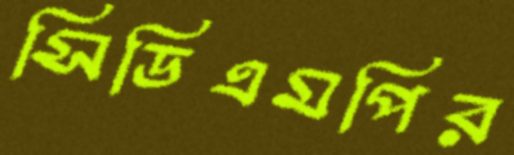
সিডিএমপির